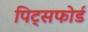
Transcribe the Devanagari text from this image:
पिट्सफोर्ड